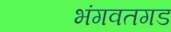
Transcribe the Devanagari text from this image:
भंगवतगड